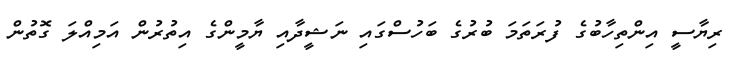
ރިޔާސީ އިންތިހާބުގެ ފުރަތަމަ ބުރުގެ ބަހުސްގައި ނަޝީދާއި ޔާމީންގެ އިތުރުން އަމިއްލަ ގޮތުން